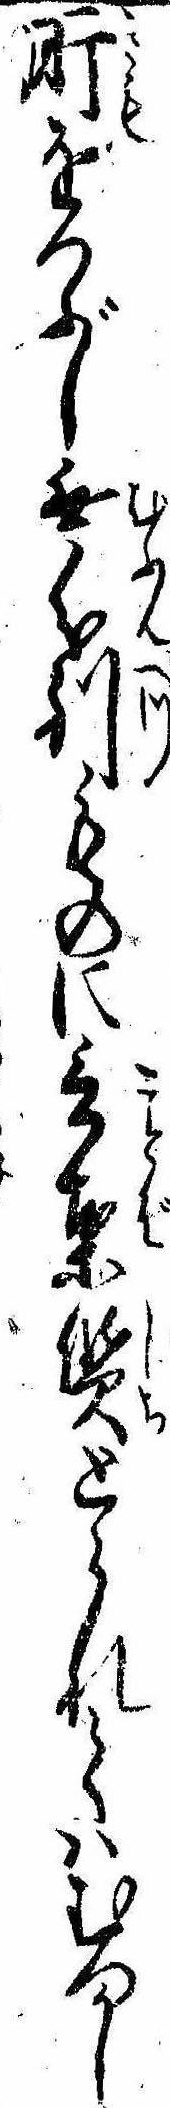
肝をつぶし無分別ものに言葉質とられてはむつかし